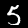
Label: 5